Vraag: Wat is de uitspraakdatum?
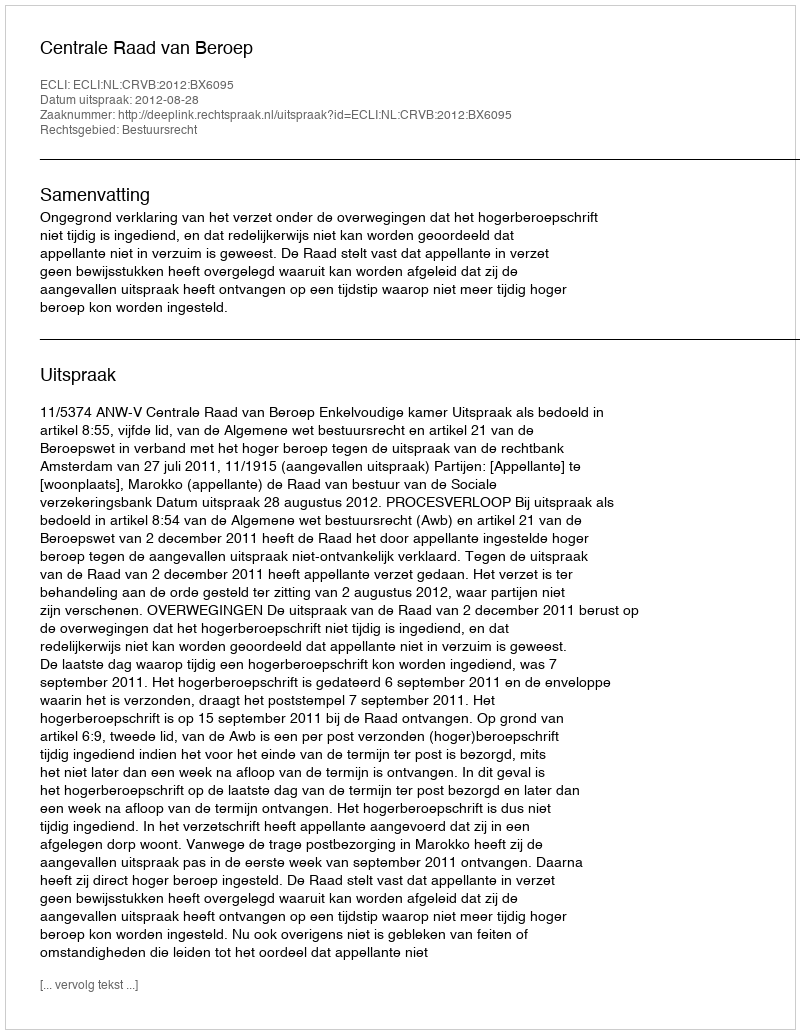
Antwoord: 2012-08-28